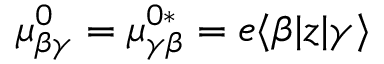
\mu _ { \beta \gamma } ^ { 0 } = \mu _ { \gamma \beta } ^ { 0 \ast } = e \langle \beta | z | \gamma \rangle